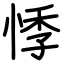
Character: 悸